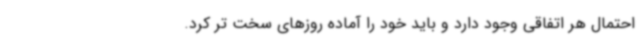
احتمال هر اتفاقی وجود دارد و باید خود را آماده روزهای سخت تر کرد.